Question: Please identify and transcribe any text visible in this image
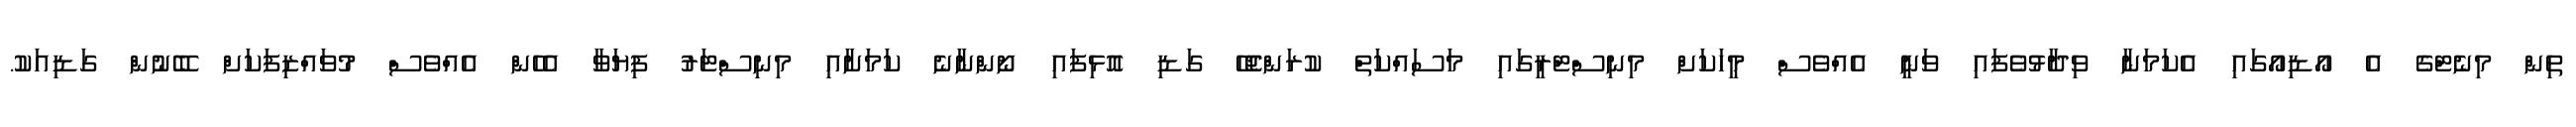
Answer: ތިން މިނެޓްގެ އެ އޯޑިއޯގައި އެކަމަނާ ވިދާޅުވެފައި ވަނީ އެއްވެސް މީހަކަށް މިނިސްޓްރީގައި މަސައްކަތް ކުރަންޖެހޭ ގަޑި އޮޅިފައި ނޯންނާނެ ކަމަށާއި މިނިސްޓަރު ފިޔަވާ އެހެން އެއްވެސް މުވައްޒިފަކަށް ބޭނުން ގަޑިއަކު.